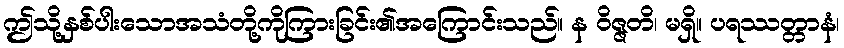
ဤသို့နှစ်ပါးသောအသံတို့ကိုကြားခြင်း၏အကြောင်းသည်။ န ဝိဇ္ဇတိ၊ မရှိ။ ပရဿတ္တာနံ၊